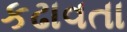
કઢાવતા